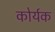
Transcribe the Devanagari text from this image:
कोर्यक